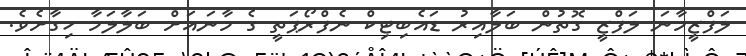
ލަފްޒީމާނަ ލަފްޒީ ގޮތުން ބަލާއިރު ޑައެބިޓިކް ނެފްރޯޕަތީ ގެ މާނައަށް ބަލާލަމާ ހިގާށެވެ.